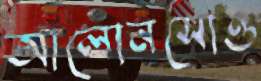
আলোনসোও